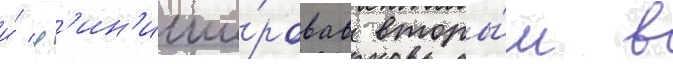
и́ ф'ин'иши́ровав вторы́м в